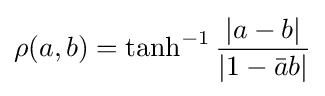
\rho (a,b)=\tanh ^{-1}{\frac {|a-b|}{|1-{\bar {a}}b|}}